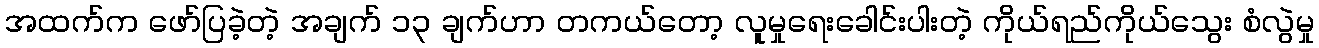
အထက်က ဖော်ပြခဲ့တဲ့ အချက် ၁၃ ချက်ဟာ တကယ်တော့ လူမှုရေးခေါင်းပါးတဲ့ ကိုယ်ရည်ကိုယ်သွေး စံလွဲမှု